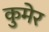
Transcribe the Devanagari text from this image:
कुमेर